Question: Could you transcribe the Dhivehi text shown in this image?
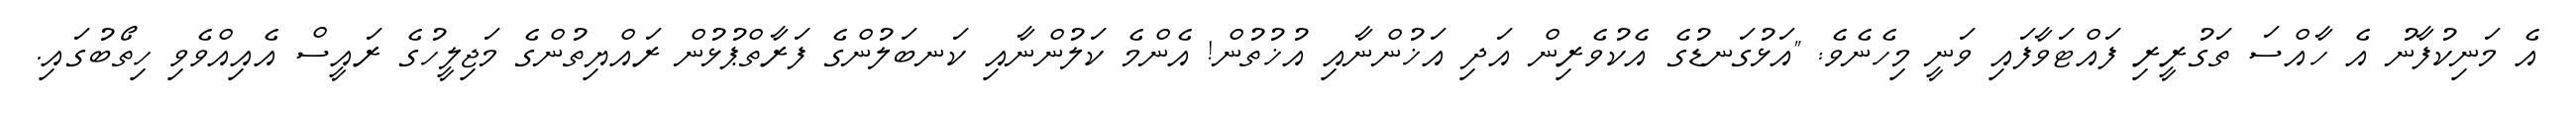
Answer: އެ މަނިކުފާނު އެ ހާއްސަ ތަގުރީރި ފައްޓަވާފައި ވަނީ މިހެނެވެ: "އަޅުގަނޑުގެ އެކުވެރިން އަދި އަޚުންނާއި އުޚުތުން! އެންމެ ކަލުންނާއި ކަނބަލުންގެ ފަރާތްޕުޅުން ރައްޔިތުންގެ މަޖިލީހުގެ ރައީސް އެއިއްވެވި ހިތޯބުގައި.